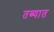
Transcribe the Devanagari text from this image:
तब्यात